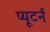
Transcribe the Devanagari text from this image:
प्यूटर्न